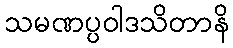
သမဏပ္ပဝါဒသိတာနိ